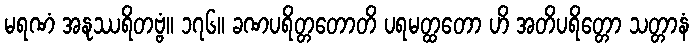
မရဏံ အနုဿရိတဗ္ဗံ။ ၁၇၆။ ခဏပရိတ္တတောတိ ပရမတ္ထတော ဟိ အတိပရိတ္တော သတ္တာနံ